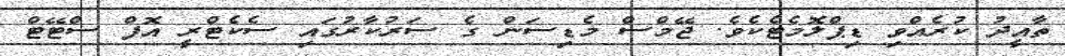
ތާއީދު ކުރެއްވި ޑިޕްލޮމެޓެކެވެ. ޖޭމްސް މެޑިސަން ގެ ސަރުކާރުގައި ސެކެޓްރީ އޮފް ސްޓޭޓް